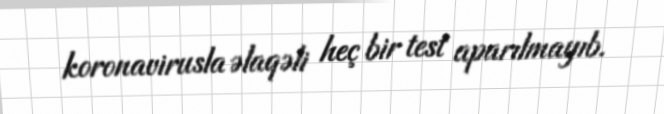
koronavirusla əlaqəli heç bir test aparılmayıb.